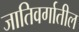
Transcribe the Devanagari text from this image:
जातिवर्गातील